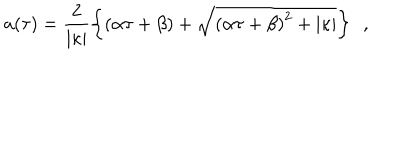
a ( \tau ) = \frac { 2 } { \vert \kappa \vert } \left\{ \left( \alpha \tau + \beta \right) + \sqrt { \left( \alpha \tau + \beta \right) ^ { 2 } + \vert \kappa \vert } \right\} \ \ ,